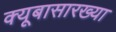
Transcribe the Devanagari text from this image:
क्यूबासारख्या